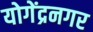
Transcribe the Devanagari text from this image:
योगेंद्रनगर